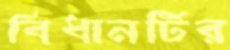
বিধানটির